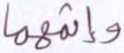
وإثمهما